Lihula_vallavalitsus, lk 3
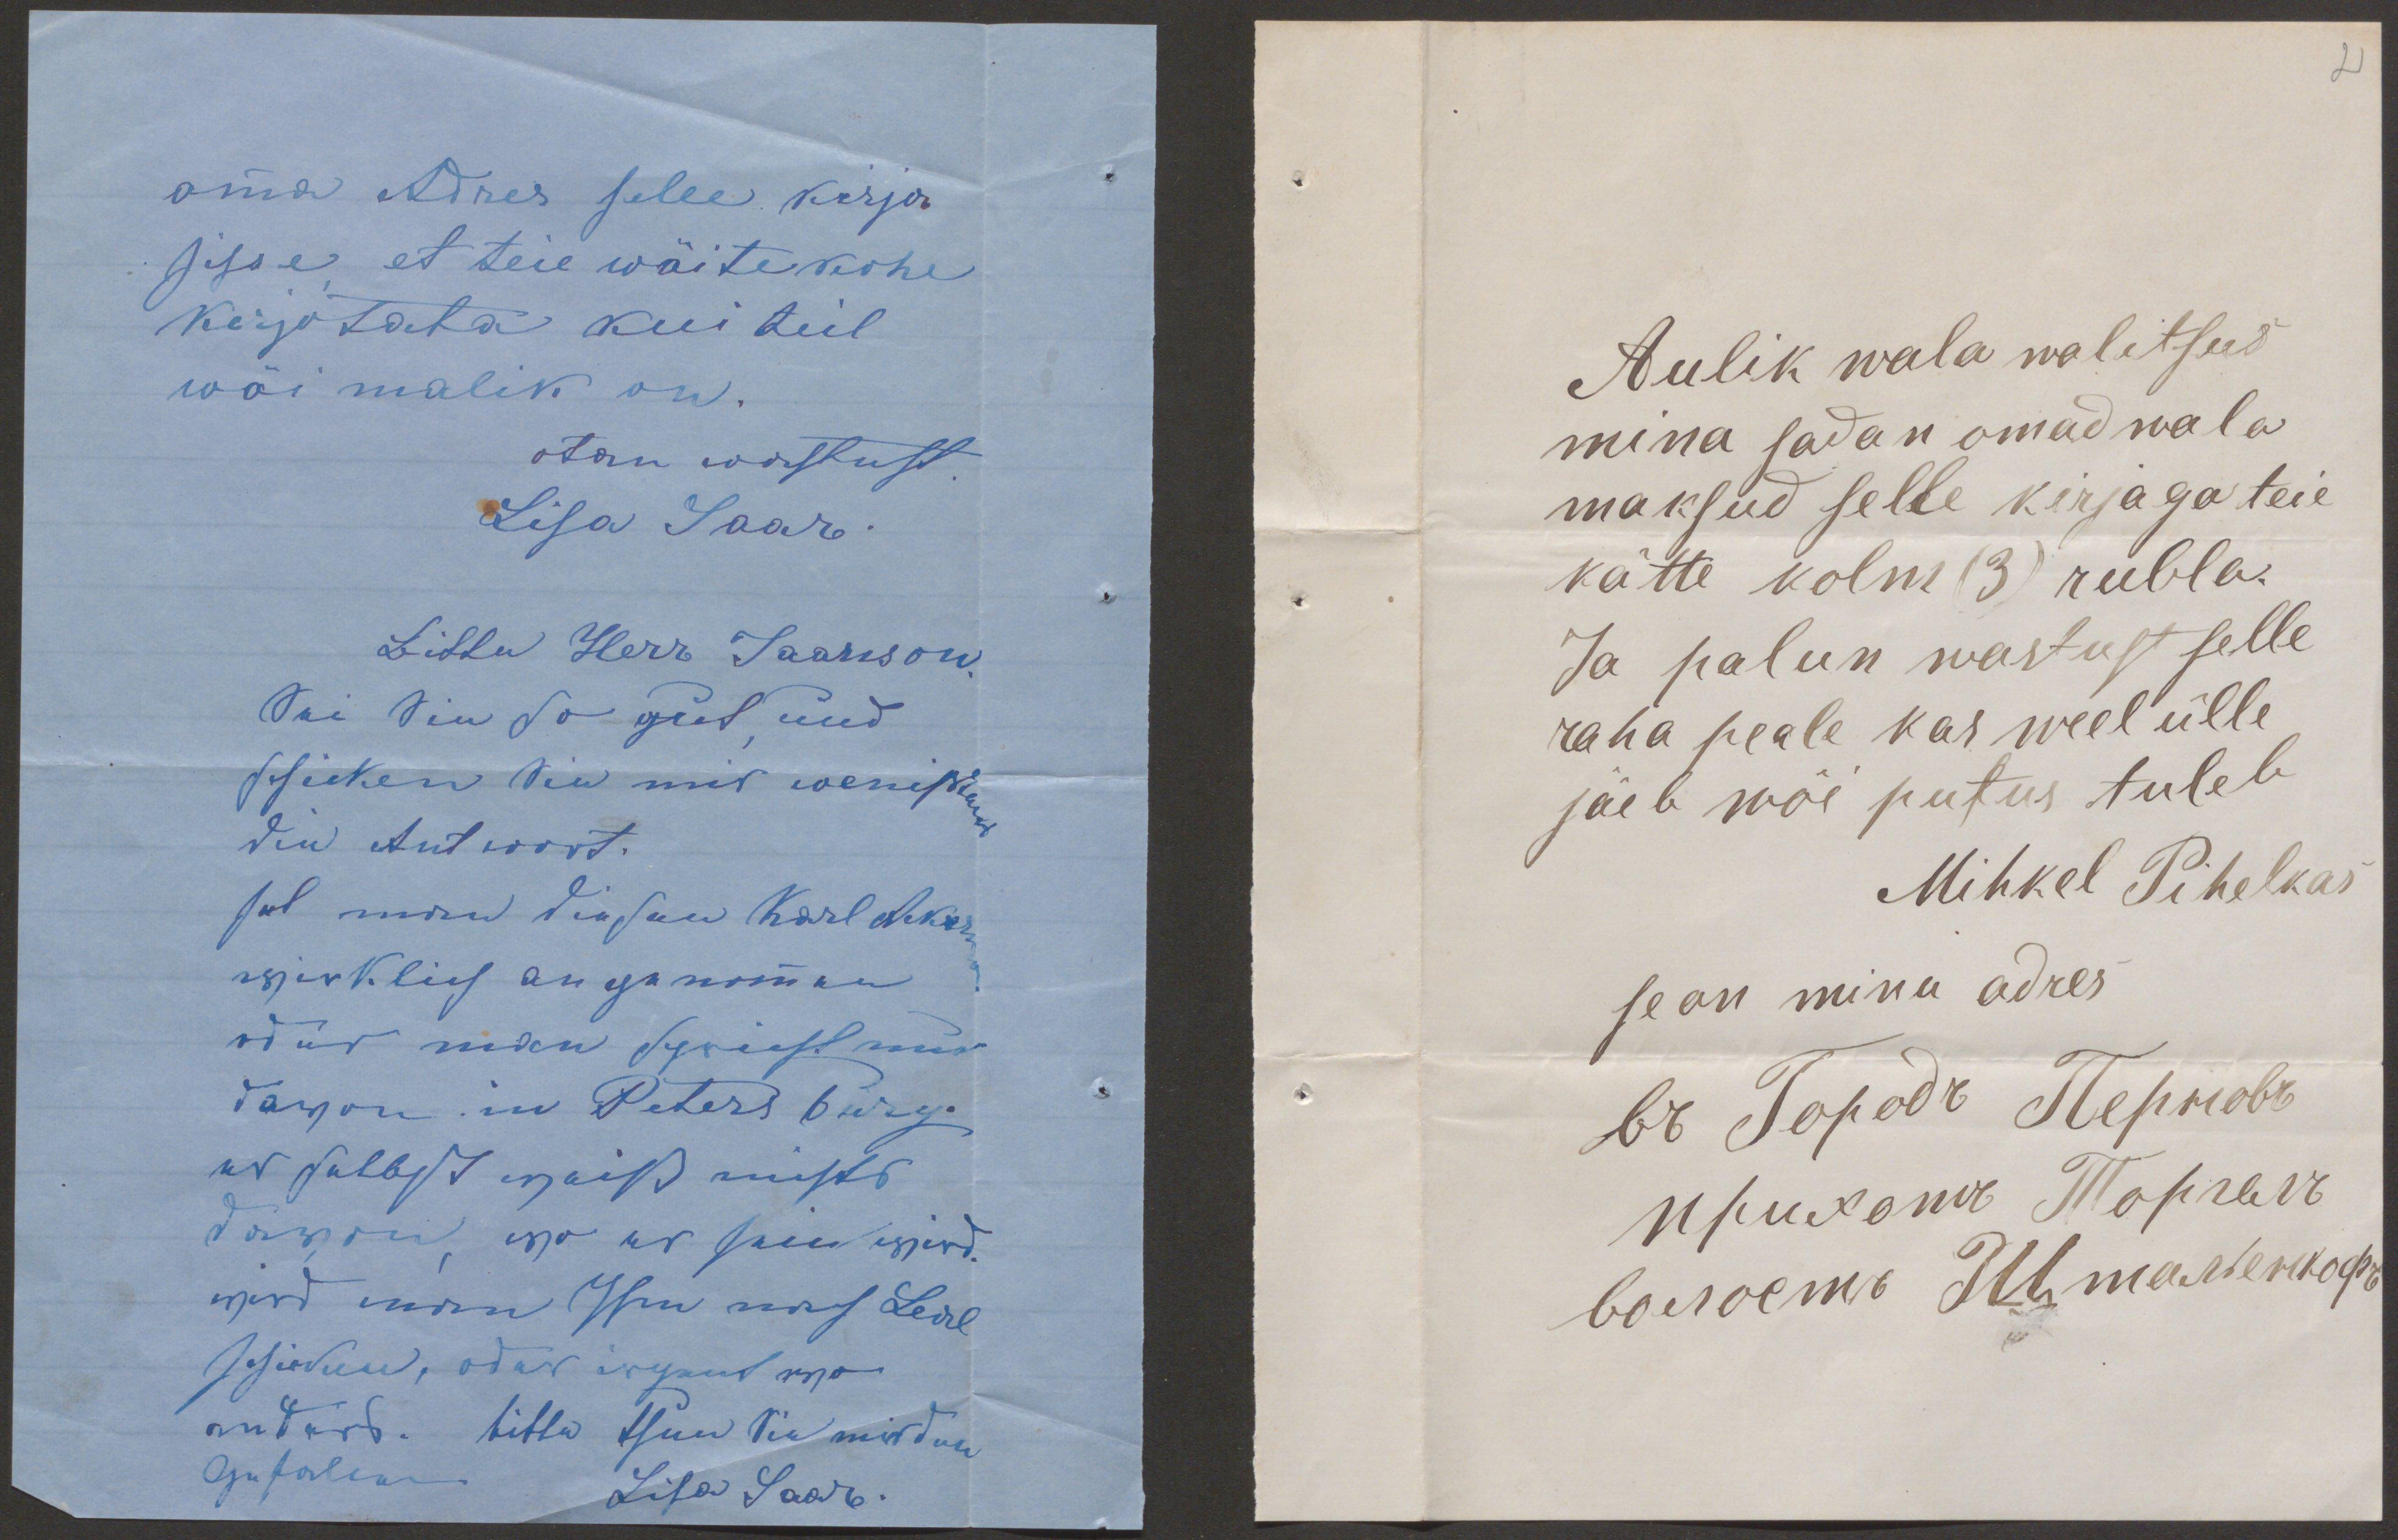
omma Adres selle kirja
sisse, et teie wäite kohe
Kirjutada kui teil
wõi malik on.
otan wastust
Lisa Saar.

2

Aulik wala walitsus
mina sadan omad wala
maksud selle kirjaga teie
kätte kolm (3) rubla
Ja palun wastust selle
raha peale kas weel ülle
jäeb wõi putus tuleb
Mihkel Pihelkas
se on minu adres.